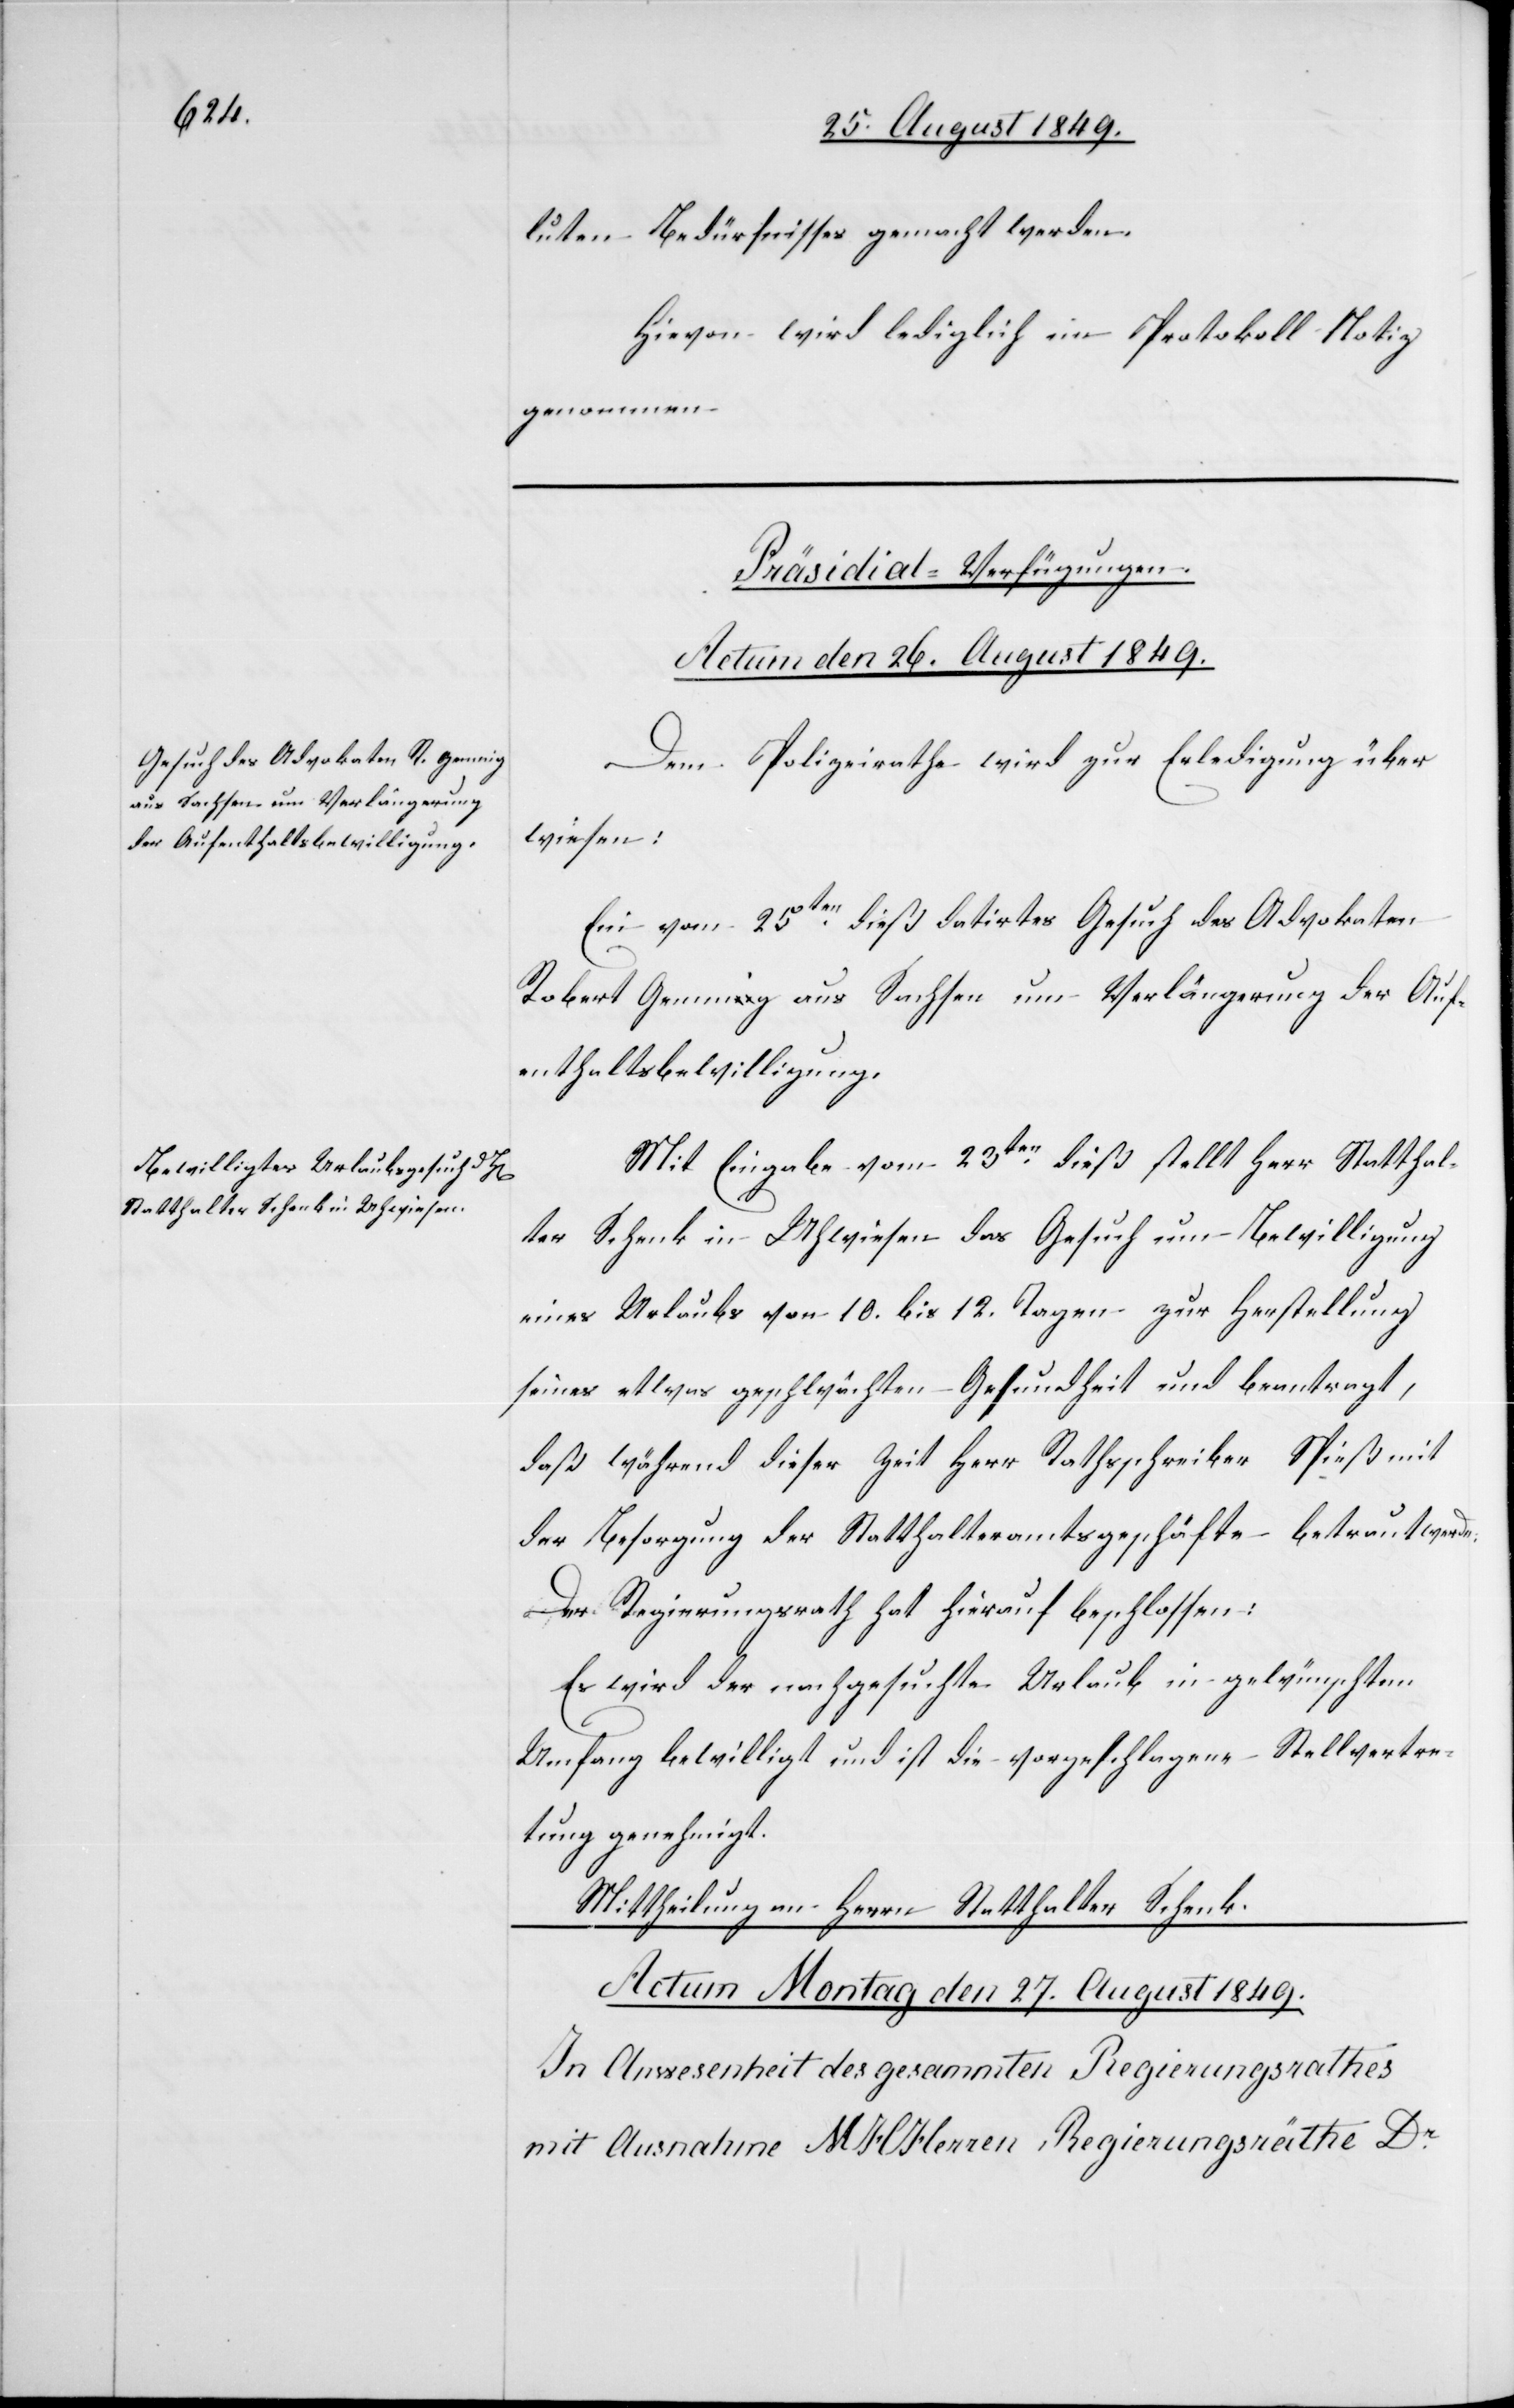
luten Bedürfnisses gemacht werden.
Hievon wird lediglich im Protokoll Notiz
genommen.
[Präsidial-Verfügungen.
Actum den 26. August 1849.]
Dem Polizeirathe wird zur Erledigung über¬
wiesen:
Ein vom 25ten dieß datirtes Gesuch des Advokaten
Robert Gennig aus Sachsen um Verlängerung der Auf¬
enthaltsbewilligung.
Mit Eingabe vom 23ten dieß stellt Herr Statthal¬
ter Schenk in Uhwiesen das Gesuch um Bewilligung
eines Urlaubs von 10. bis 12. Tagen zur Herstellung
seiner etwas geschwächten Gesundheit und beantragt,
daß während dieser Zeit Herr Rathschreiber Spieß mit
der Besorgung der Statthalteramtsgeschäfte betraut werde:
Der Regierungsrath hat hierauf beschlossen:
Es wird der nachgesuchte Urlaub in gewünschtem
Umfang bewilligt und ist die vorgeschlagene Stellvertre¬
tung genehmigt.
Mittheilung an Herrn Statthalter Schenk.